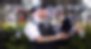
বারপাড়া